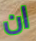
ان